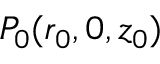
P _ { 0 } ( r _ { 0 } , 0 , z _ { 0 } )